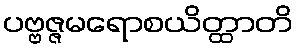
ပဗ္ဗဇ္ဇမရောစယိတ္ထာတိ